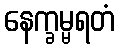
နေက္ခမ္မရတံ